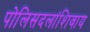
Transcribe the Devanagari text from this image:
पोलिसदलांशिवाय